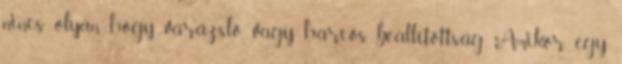
nincs olyan, hogy varázsló, vagy harcos beállítottság. Amikor egy